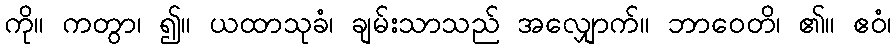
ကို။ ကတွာ၊ ၍။ ယထာသုခံ၊ ချမ်းသာသည် အလျှောက်။ ဘာဝေတိ၊ ၏။ ဧဝံ၊